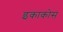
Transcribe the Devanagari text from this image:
इकाकोस